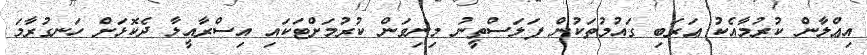
އިޢްލާން ކުރުމާއެކު ޢަރަބި ގައުމުތަކުން ފަލަސްތީނު މިނިވަން ކުރުމަށްޓަކައި އިސްރާއީލާ ދެކޮޅަށް ހަނގުރާމަ